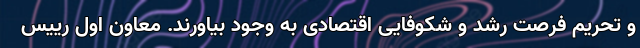
و تحریم فرصت رشد و شکوفایی اقتصادی به وجود بیاورند. معاون اول رییس